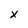
Character: x